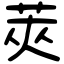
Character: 莢